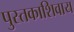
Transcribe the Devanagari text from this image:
पुस्तकाशिवाय